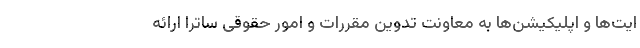
ایت‌ها و اپلیکیشن‌ها به معاونت تدوین مقررات و امور حقوقی ساترا ارائه